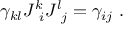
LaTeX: \gamma _ { k l } J _ { \ i } ^ { k } J _ { \ j } ^ { l } = \gamma _ { i j } \ .